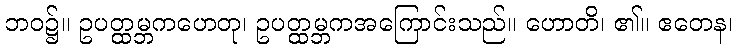
ဘဝ၌။ ဥပတ္ထမ္ဘကဟေတု၊ ဥပတ္ထမ္ဘကအကြောင်းသည်။ ဟောတိ၊ ၏။ ဧတေန၊